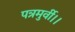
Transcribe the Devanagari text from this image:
पत्रमुर्वी।।